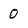
Character: 0